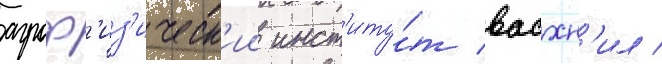
агроф'из'ическ'ии инст'иту́т васхн'ил /